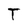
Character: T